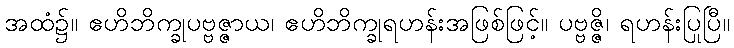
အထံ၌။ ဧဟိဘိက္ခုပဗ္ဗဇ္ဇာယ၊ ဧဟိဘိက္ခုရဟန်းအဖြစ်ဖြင့်။ ပဗ္ဗဇ္ဇိ၊ ရဟန်းပြုပြီ။